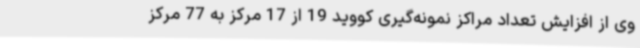
وی از افزایش تعداد مراکز نمونه‌گیری کووید 19 از 17 مرکز به 77 مرکز